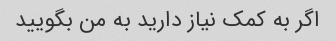
اگر به کمک نیاز دارید به من بگویید